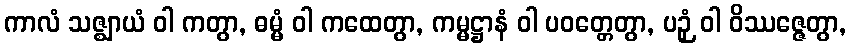
ကာလံ သဇ္ဈာယံ ဝါ ကတွာ, ဓမ္မံ ဝါ ကထေတွာ, ကမ္မဋ္ဌာနံ ဝါ ပဝတ္တေတွာ, ပဉှံ ဝါ ဝိဿဇ္ဇေတွာ,